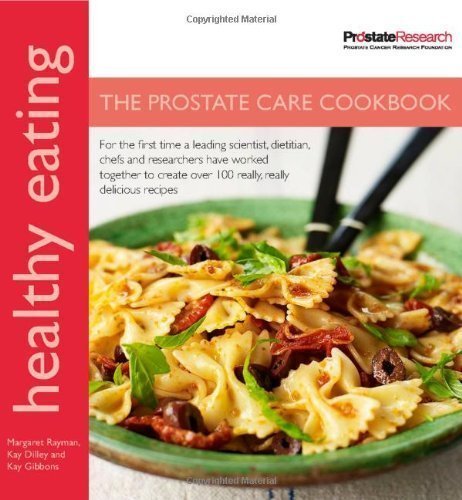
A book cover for Healthy Eating: The Prostate Care Cookbook published in association with Prostate Cancer Research Foundation of Margaret Rayman, Kay Gibbons, Kay Dilley on 01 June 2009; Cookbooks, Food & Wine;